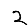
Digit: 2